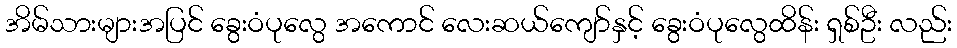
အိမ်သားများအပြင် ခွေးဝံပုလွေ အကောင် လေးဆယ်ကျော်နှင့် ခွေးဝံပုလွေထိန်း ရှစ်ဦး လည်း